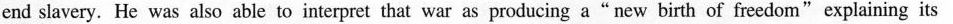
end slavery. He was also able to interpret that war as producing a"new birth of freedom"explaining its